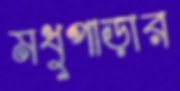
মধুপাড়ার